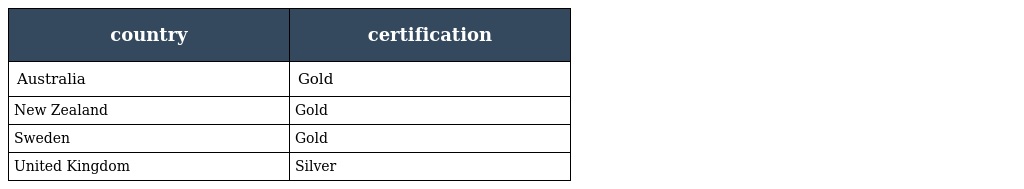
| country | certification |
 | --- | --- |
 | Australia | Gold |
 | New Zealand | Gold |
 | Sweden | Gold |
 | United Kingdom | Silver |